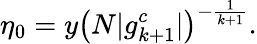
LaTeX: \eta_{0}=y\left(N|g_{k+1}^{c}|\right)^{-\frac{1}{k+1}}.